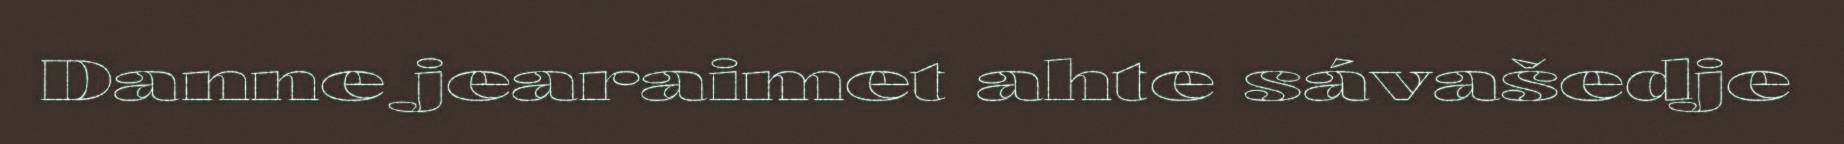
Danne jearaimet ahte sávašedje